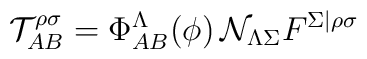
\mathcal{T}_{AB}^{\rho \sigma } = \Phi^\Lambda_{AB}(\phi) \,  \mathcal{N}_{\Lambda\Sigma} F^{\Sigma\vert \rho \sigma }